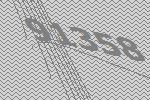
91358